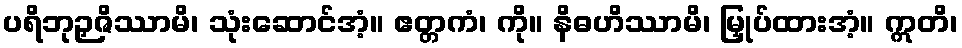
ပရိဘုဉှဇိဿာမိ၊ သုံးဆောင်အံ့။ ဧတ္တကံ၊ ကို။ နိဓဟိဿာမိ၊ မြှုပ်ထားအံ့။ ဣတိ၊